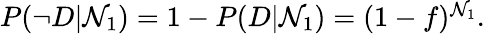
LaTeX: \begin{array}{r}{P(\neg D|\mathcal{N}_{1})=1-P(D|\mathcal{N}_{1})=(1-f)^{\mathcal{N}_{1}}.}\end{array}